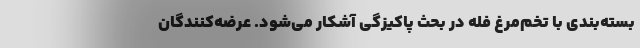
بسته‌بندی با تخم‌مرغ فله در بحث پاکیزگی آشکار می‌شود. عرضه‌کنندگان